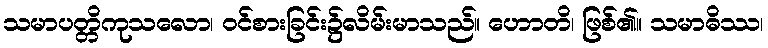
သမာပတ္တိကုသလော၊ ဝင်စားခြင်း၌လိမ်းမာသည်။ ဟောတိ၊ ဖြစ်၏။ သမာဓိဿ၊